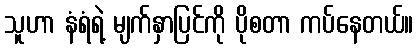
သူဟာ နံရံရဲ့ မျက်နှာပြင်ကို ပိုစတာ ကပ်နေတယ်။